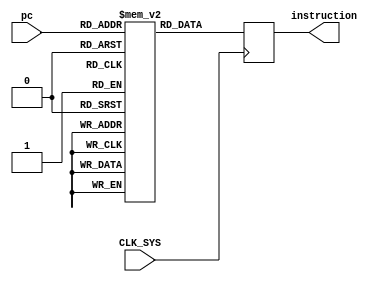
module instructionmemory(
    input CLK_SYS,
    input[9:0] pc,
    output reg[31:0] instruction
);
	reg [31:0] instructionInt [0:1023];

	initial begin	
	//*** CONSIDERANDO O CDIGO 1 DE EXEMPLO - VERIFICAO DO PIPELINE HAZZARD ***
		instructionInt[0] = 32'b000110_00101_00111_0001_1001_0000_0000;	//(Gasta uma instruo)
		instructionInt[1] = 32'b000110_00101_00000_0001_1001_0000_0000;	//(Carrega A em registerfile0 - 00000)
		instructionInt[2] = 32'b000110_00101_00001_0001_1001_0000_0001;	//(Carrega B em registerfile1 - 00001) 
		instructionInt[3] = 32'b000110_00101_00010_0001_1001_0000_0010;	//(Carrega C em registerfile2 - 00010)
		instructionInt[4] = 32'b000110_00101_00011_0001_1001_0000_0011;	//(Carrega D em registerfile3 - 00011)
		instructionInt[5] = 32'b000101_00000_00001_01000_01010_110010;		//(Multiplica o conteudo do registerfile0(00000) pelo conteudo do registerfile1(00001) e carrega o resutlado no registerfile8 - 01000) 
		instructionInt[6] = 32'b000101_00010_00011_01001_01010_100000;		//(Soma o conteudo do registerfile0(00010) pelo conteudo do registerfile1(00011) e carrega o resutlado no registerfile9 - 01001) 
		instructionInt[7] = 32'b000101_01000_01001_01010_01010_100010;		//(Subtrai o conteudo do registerfile8(01000) pelo conteudo do registerfile9(01001) e carrega o resutlado no registerfile10 - 01010)
		instructionInt[8] = 32'b000111_00101_01010_0001_1100_1111_1111;	//(Armazena o resultado do registerfile10(01010) na posio 1023 da memria)	
	// *** INSERINDO BOLHAS - VERIFICANDO A NAO PRESENA DE PIPELINE HAZZARDS ***
		instructionInt[9] = 32'b000110_00101_00111_0001_1001_0000_0000;	//(Gasta uma instruo)
		instructionInt[10] = 32'b000110_00101_00000_0001_1001_0000_0000;	//(Carrega A em registerfile0 - 00000)
		instructionInt[11] = 32'b000110_00101_00001_0001_1001_0000_0001;	//(Carrega B em registerfile1 - 00001) 
		instructionInt[12] = 32'b000110_00101_00010_0001_1001_0000_0010;	//(Carrega C em registerfile2 - 00010)
		instructionInt[13] = 32'b000110_00101_00011_0001_1001_0000_0011;	//(Carrega D em registerfile3 - 00011)
		instructionInt[14] = 32'b000110_00101_00111_0001_1001_0000_0000;	//(Gasta uma instruo)
		instructionInt[15] = 32'b000110_00101_00111_0001_1001_0000_0000;	//(Gasta uma instruo)
		instructionInt[16] = 32'b000110_00101_00111_0001_1001_0000_0000;	//(Gasta uma instruo)
		instructionInt[17] = 32'b000101_00000_00001_01000_01010_110010;		//(Multiplica o conteudo do registerfile0(00000) pelo conteudo do registerfile1(00001) e carrega o resutlado no registerfile8 - 01000) 
		instructionInt[18] = 32'b000110_00101_00111_0001_1001_0000_0000;	//(Gasta uma instruo)
		instructionInt[19] = 32'b000110_00101_00111_0001_1001_0000_0000;	//(Gasta uma instruo)
		instructionInt[20] = 32'b000101_00010_00011_01001_01010_100000;	//(Soma o conteudo do registerfile0(00010) pelo conteudo do registerfile1(00011) e carrega o resutlado no registerfile9 - 01001)
		instructionInt[21] = 32'b000110_00101_00111_0001_1001_0000_0000;	//(Gasta uma instruo)
		instructionInt[22] = 32'b000110_00101_00111_0001_1001_0000_0000;	//(Gasta uma instruo)
		instructionInt[23] = 32'b000101_01000_01001_01010_01010_100010;	//(Subtrai o conteudo do registerfile8(01000) pelo conteudo do registerfile9(01001) e carrega o resutlado no registerfile10 - 01010)
		instructionInt[24] = 32'b000110_00101_00111_0001_1001_0000_0000;	//(Gasta uma instruo)
		instructionInt[25] = 32'b000110_00101_00111_0001_1001_0000_0000;	//(Gasta uma instruo)
		instructionInt[26] = 32'b000111_00101_01010_0001_1100_1111_1111;	//(Armazena o resutlado do registerfile10(01010) na posio 1023 da memria)
	end

	always @ (posedge CLK_SYS) begin
		instruction <= instructionInt[pc];
	end

endmodule